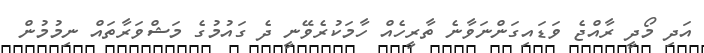
އަދި މޯދީ ރާއްޖެ ވަޑައިގަންނަވާނެ ތާރީހެއް ހާމަކުރެވޭނީ ދެ ގައުމުގެ މަޝްވަރާތައް ނިމުމުން